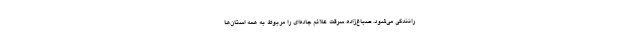
رانندگی می‌شود. صباغ‌زاده سرقت علائم جاده‌ای را مربوط به همه استان‌ها